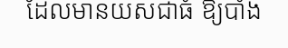
ដែលមានយសជាធំ ឱ្យបាំង